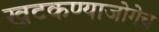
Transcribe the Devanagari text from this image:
खटकण्याजोगेच